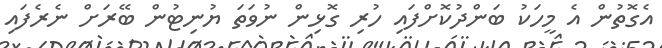
އެގޮތުން އެ މީހަކު ބަންދުކޮށްފައި ހުރި ގޮޅިން ނުވަތަ ޔުނިޓުން ބޭރަށް ނެރެފައި